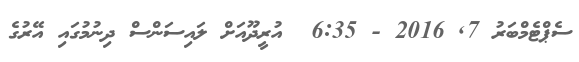
ސެޕްޓެމްބަރު 7